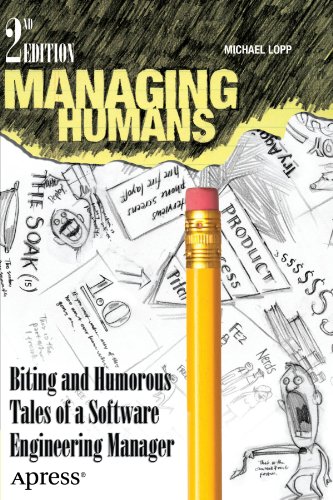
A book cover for Managing Humans: Biting and Humorous Tales of a Software Engineering Manager; Michael Lopp; Business & Money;